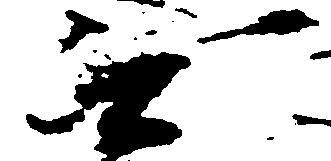
無